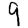
Digit: 9